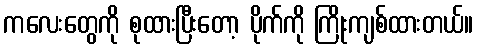
ကလေးတွေကို စုထားပြီးတော့ ပိုက်ကို ကြိုးကျစ်ထားတယ်။